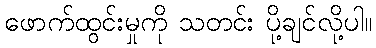
ဖောက်ထွင်းမှုကို သတင်း ပို့ချင်လို့ပါ။